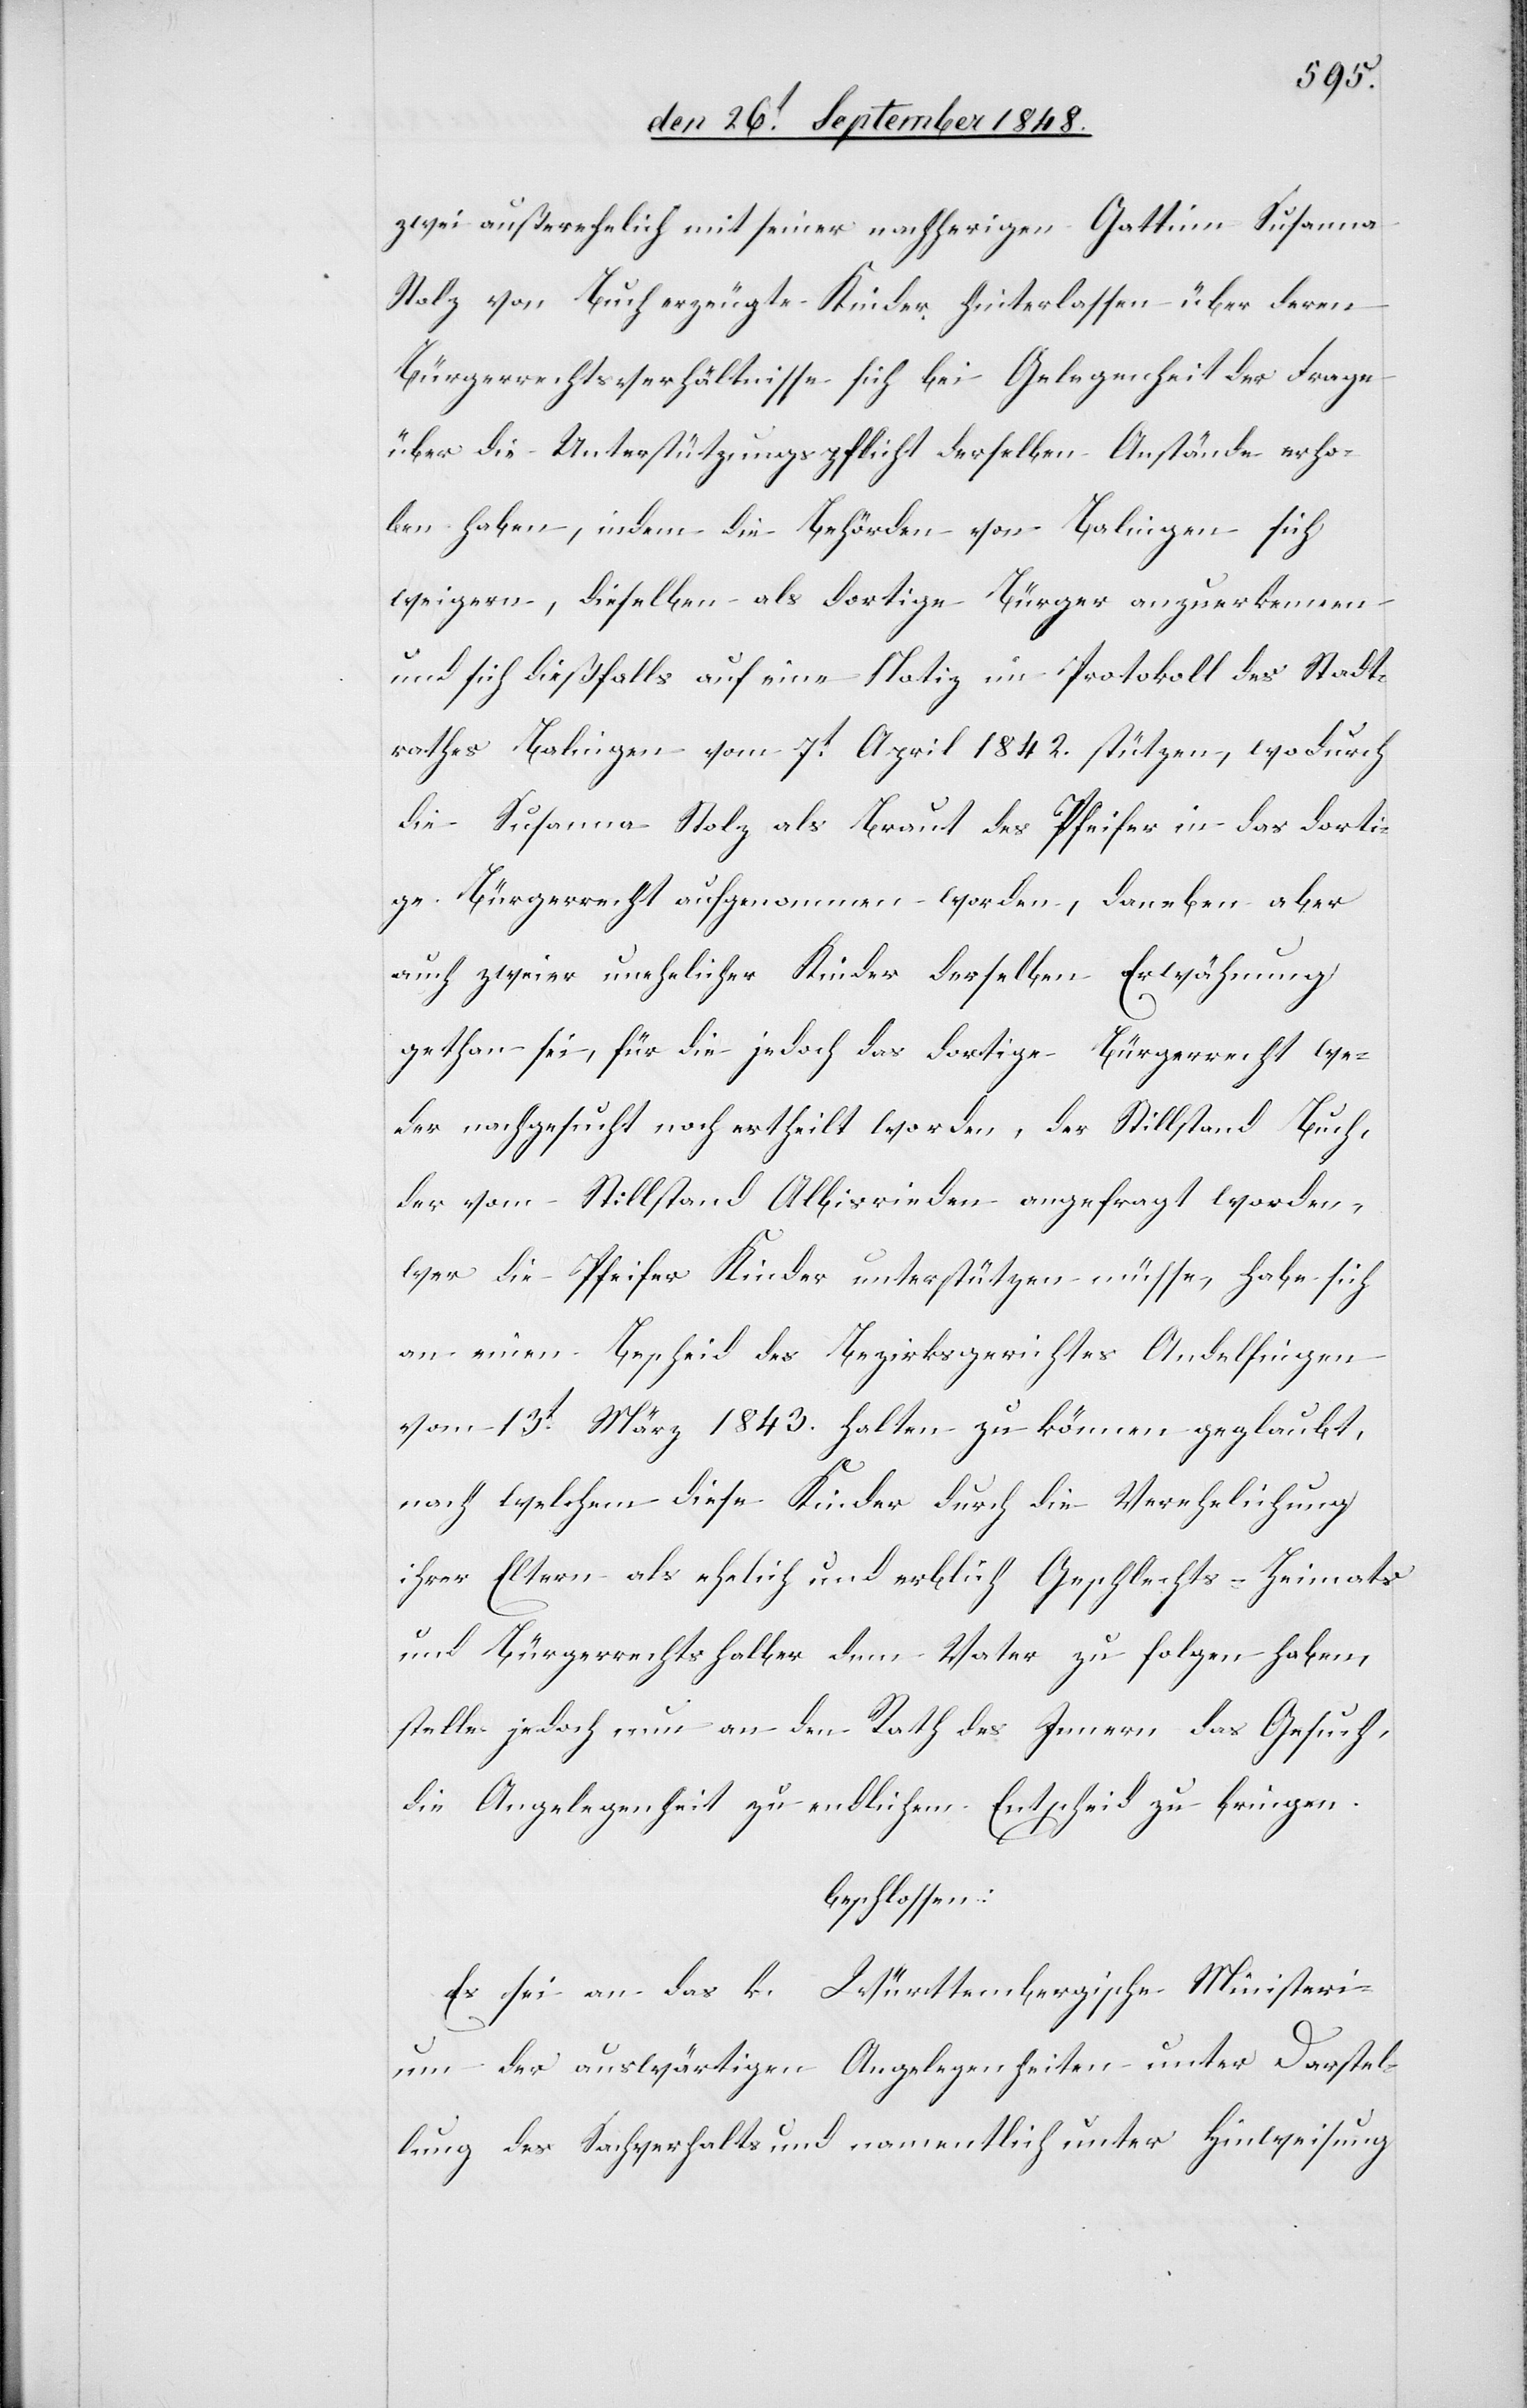
zwar außerehelich mit seiner nachherigen Gattin Susanna
Stolz von Buch erzeugte Kinder hinterlassen über deren
Bürgerrechtsverhältnisse sich bei Gelegenheit der Frage
über die Unterstützungspflicht derselben Anstände erho¬
ben haben, indem die Behörden von Balingen sich
weigern, dieselben als dortige Bürger anzuerkennen
und sich dießfalls auf eine Notiz im Protokoll des Stadt¬
rathes Balingen vom 7t April 1842. stützen, wodurch
die Susanna Stolz als Braut des Pfeifer in das dorti¬
ge Bürgerrecht aufgenommen worden, daneben aber
auch zweier unehelicher Kinder derselben Erwähnung
gethan sei, für die jedoch das dortige Bürgerrecht we¬
der nachgesucht noch ertheilt worden, der Stilltand Buch,
der vom Stillstand Albisrieden angefragt worden,
wer die Pfeifer Kinder unterstützen müsse, habe sich
an einen Bescheid des Bezirksgerichtes Andelfingen
vom 13t März 1843. halten zu können geglaubt,
nach welchem diese Kinder durch die Verehelichung
ihrer Eltern als ehelich und erblich Geschlechts- Heimats[-]
und Bürgerrechtshalber dem Vater zu folgen haben,
stelle jedoch nun an den Rath des Innern das Gesuch,
die Angelegenheit zu endlichem Entscheid zu bringen.
beschlossen:
Es sei an das k. Württembergische Ministeri¬
um der auswärtigen Angelegenheiten unter Darstel¬
lung des Sachverhalts und namentlich unter Hinweisung